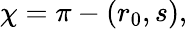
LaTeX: \chi=\pi-(r_{0},s),